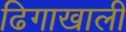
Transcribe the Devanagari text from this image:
ढिगाखाली